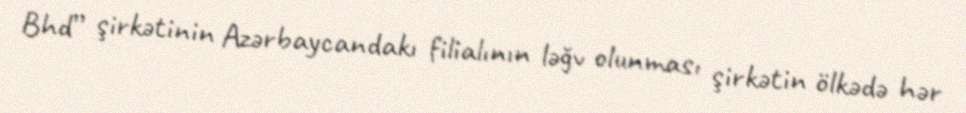
Bhd” şirkətinin Azərbaycandakı filialının ləğv olunması şirkətin ölkədə hər